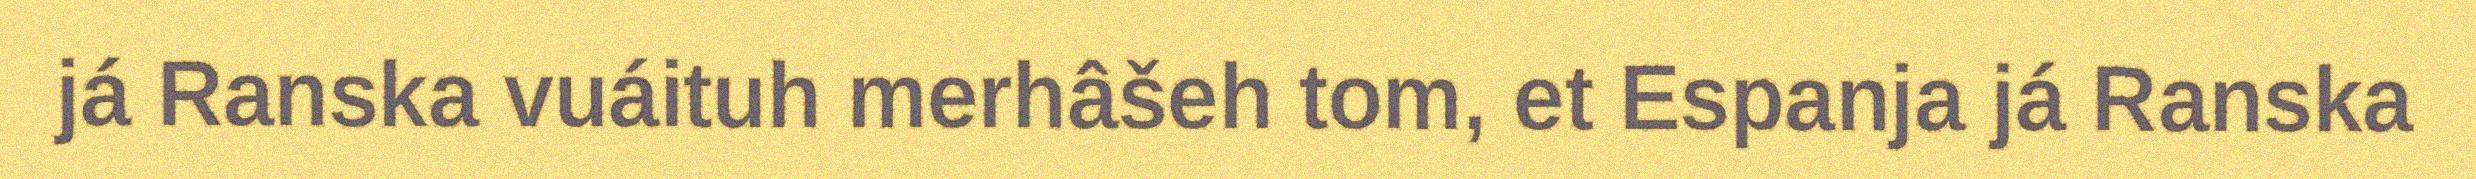
já Ranska vuáituh merhâšeh tom, et Espanja já Ranska